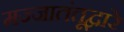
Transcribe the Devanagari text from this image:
मज्जातंतूद्वारे